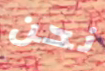
نحن